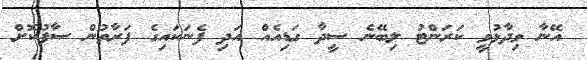
އޭނާ ވިދާޅުވީ ކަރަންޓު ލިބޭނެ ސީދާ ގަޑިއެއް އަދި ފެނަކައިގެ ފަރާތުން ސާފުކޮށް